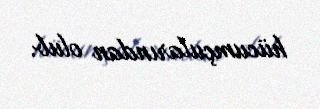
hücumçularından olub.